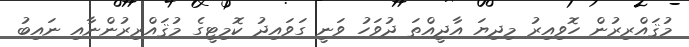
މުޤައްރިރުން ހޮވިއިރު މިދިޔަ އާދީއްތަ ދުވަހު ވަނީ ގަވައިދު ކޮމިޓީގެ މުޤައްރިރުންނާއި ނައިބު